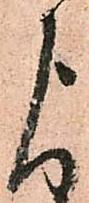
よ